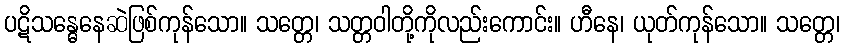
ပဋိသန္ဓေနေဆဲဖြစ်ကုန်သော။ သတ္တေ၊ သတ္တဝါတို့ကိုလည်းကောင်း။ ဟီနေ၊ ယုတ်ကုန်သော။ သတ္တေ၊